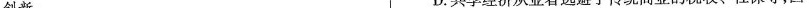
创新。D.共享经济从业者逃避了传统商业的税收、社保等，因